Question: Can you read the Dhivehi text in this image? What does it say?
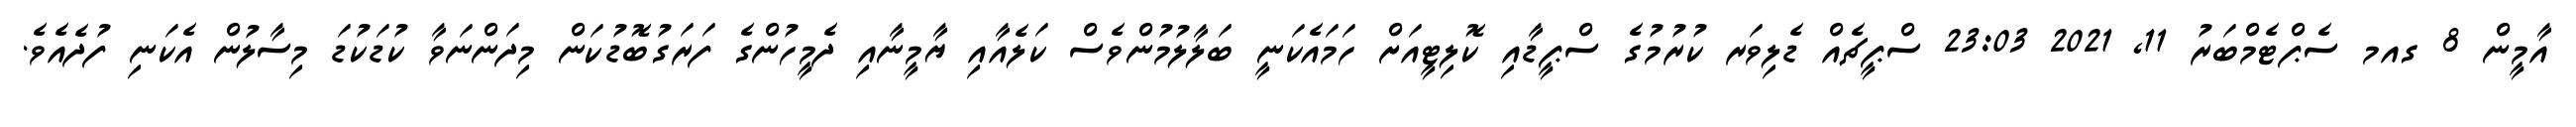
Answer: އާމީން 8 ގއމ ސެޕްޓެމްބަރު 11, 2021 23:03 ސްޕީޗެއް ޑެލިވަރ ކުރުމުގެ ސްޕީޑާއި ކޮލިޓީއަށް ހަމައެކަނީ ބަލާލުމުންވެސް ކަލެއާއި ޔާމީނާއި ދެމީހުންގެ ފަރަގުބޮޑުކަން މިދަންނަވާ ކުޑަކުޑަ މިސާލުން އެކަނި ފުދެއެވެ.